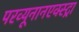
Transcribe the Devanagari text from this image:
परव्यूनानएक्स्ट्रा